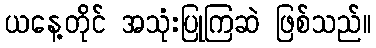
ယနေ့တိုင် အသုံးပြုကြဆဲ ဖြစ်သည်။